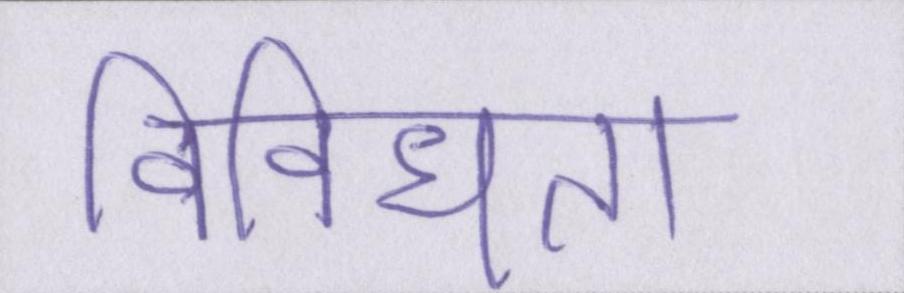
विविधता